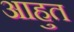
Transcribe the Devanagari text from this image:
आहुत